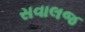
સવાલજ